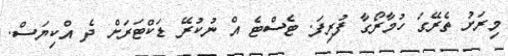
މިރަށު ތެރޭގަ ހުމާރޯގާ ފުރިފަ. ޓެސްޓެ އް ނުކުރޭ ޑަކްޓަރަށް ދެ އްކިޔަސް.